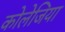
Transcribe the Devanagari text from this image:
कोलेजिया